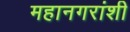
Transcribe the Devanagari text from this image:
महानगरांशी